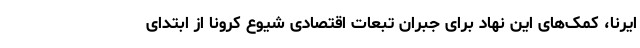
ایرنا،‌ کمک‌های این نهاد برای جبران تبعات اقتصادی شیوع کرونا از ابتدای